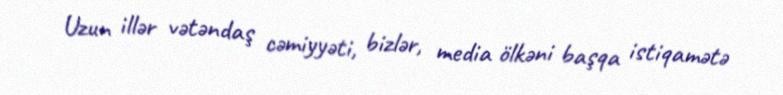
Uzun illər vətəndaş cəmiyyəti, bizlər, media ölkəni başqa istiqamətə